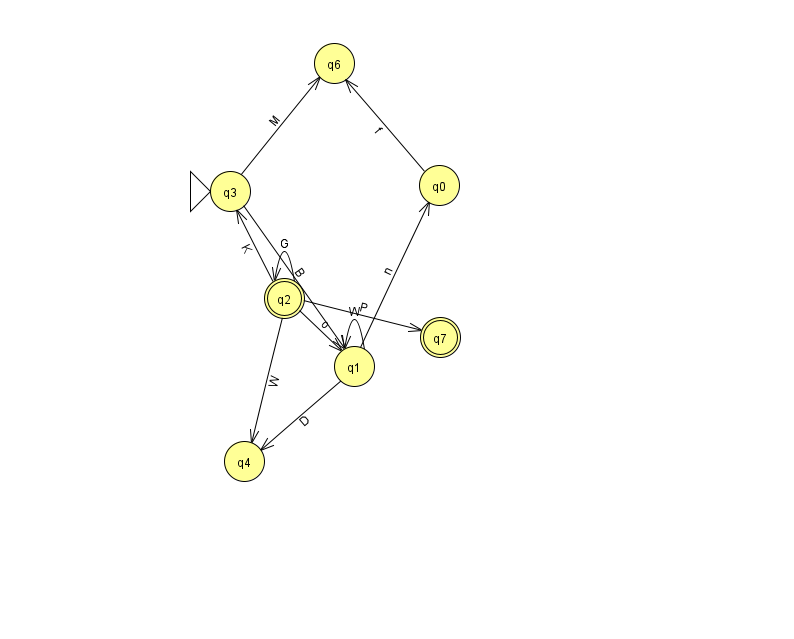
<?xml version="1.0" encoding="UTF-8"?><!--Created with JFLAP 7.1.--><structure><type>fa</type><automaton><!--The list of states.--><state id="0" name="q0"><x>439.0</x><y>172.0</y></state><state id="1" name="q1"><x>354.0</x><y>353.0</y></state><state id="2" name="q2"><x>284.0</x><y>285.0</y><final/></state><state id="3" name="q3"><x>230.0</x><y>178.0</y><initial/></state><state id="4" name="q4"><x>244.0</x><y>448.0</y></state><state id="6" name="q6"><x>334.0</x><y>50.0</y></state><state id="7" name="q7"><x>440.0</x><y>324.0</y><final/></state><!--The list of transitions.--><transition><from>1</from><to>0</to><read>n</read></transition><transition><from>2</from><to>3</to><read>K</read></transition><transition><from>2</from><to>7</to><read>P</read></transition><transition><from>0</from><to>6</to><read>f</read></transition><transition><from>2</from><to>4</to><read>W</read></transition><transition><from>1</from><to>4</to><read>D</read></transition><transition><from>1</from><to>1</to><read>W</read></transition><transition><from>2</from><to>2</to><read>G</read></transition><transition><from>3</from><to>6</to><read>M</read></transition><transition><from>2</from><to>1</to><read>o</read></transition><transition><from>3</from><to>1</to><read>B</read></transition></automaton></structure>